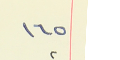
١٦٥